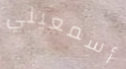
أسمعيني